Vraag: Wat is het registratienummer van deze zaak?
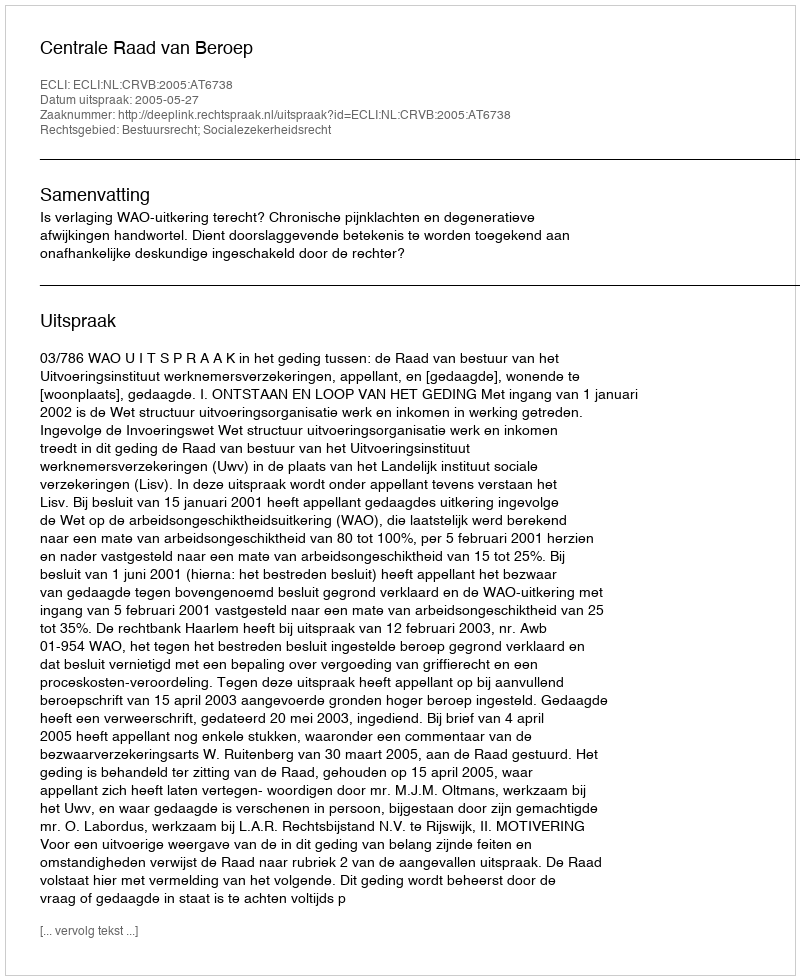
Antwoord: http://deeplink.rechtspraak.nl/uitspraak?id=ECLI:NL:CRVB:2005:AT6738